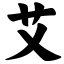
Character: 艾